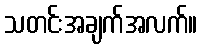
သတင်းအချက်အလက်။